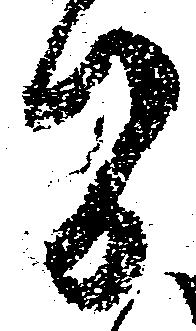
間